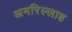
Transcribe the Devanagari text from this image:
अमरिल्लाह